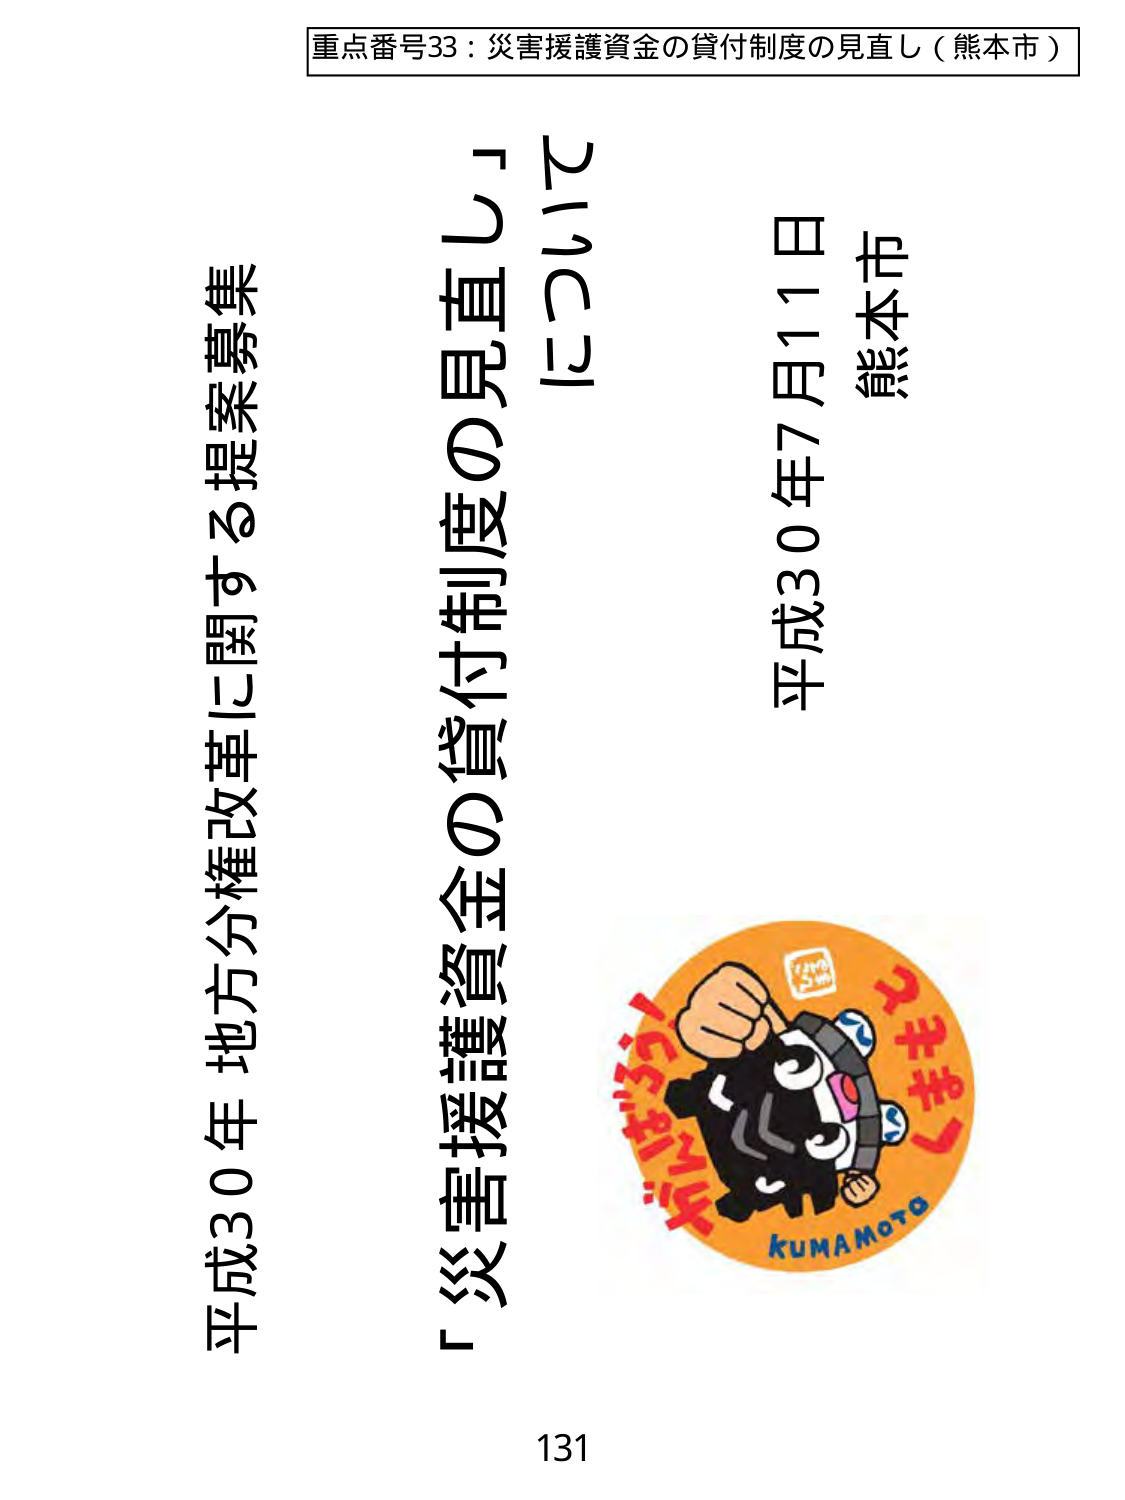
重点番号33：災害援護資金の貸付制度の見直し（熊本市）

熊本市
平成30年7月11日

「災害援護資金の貸付制度の見直し」
について

平成30年 地方分権改革に関する提案募集

131

kumamoto
くまもと
がんばろう！